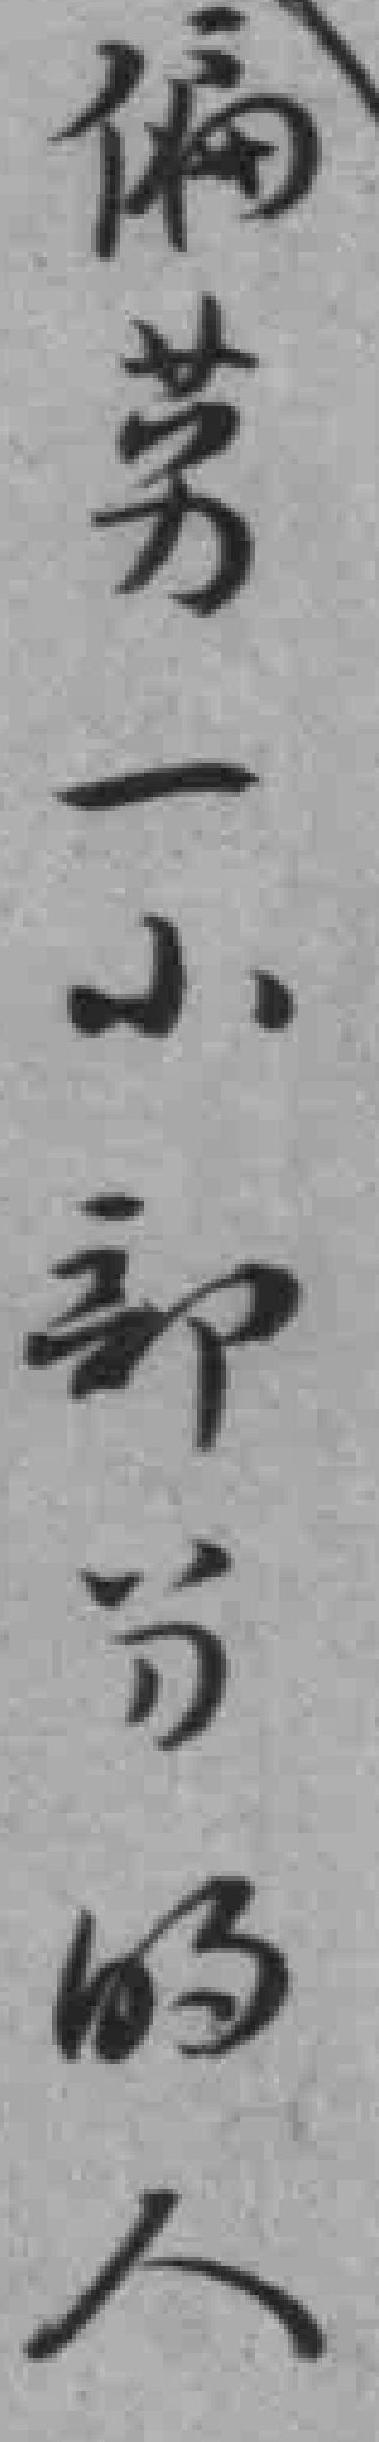
偏劳一小部分的人